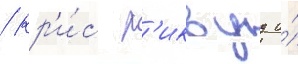
/ кр'и́с р'иквуд и́